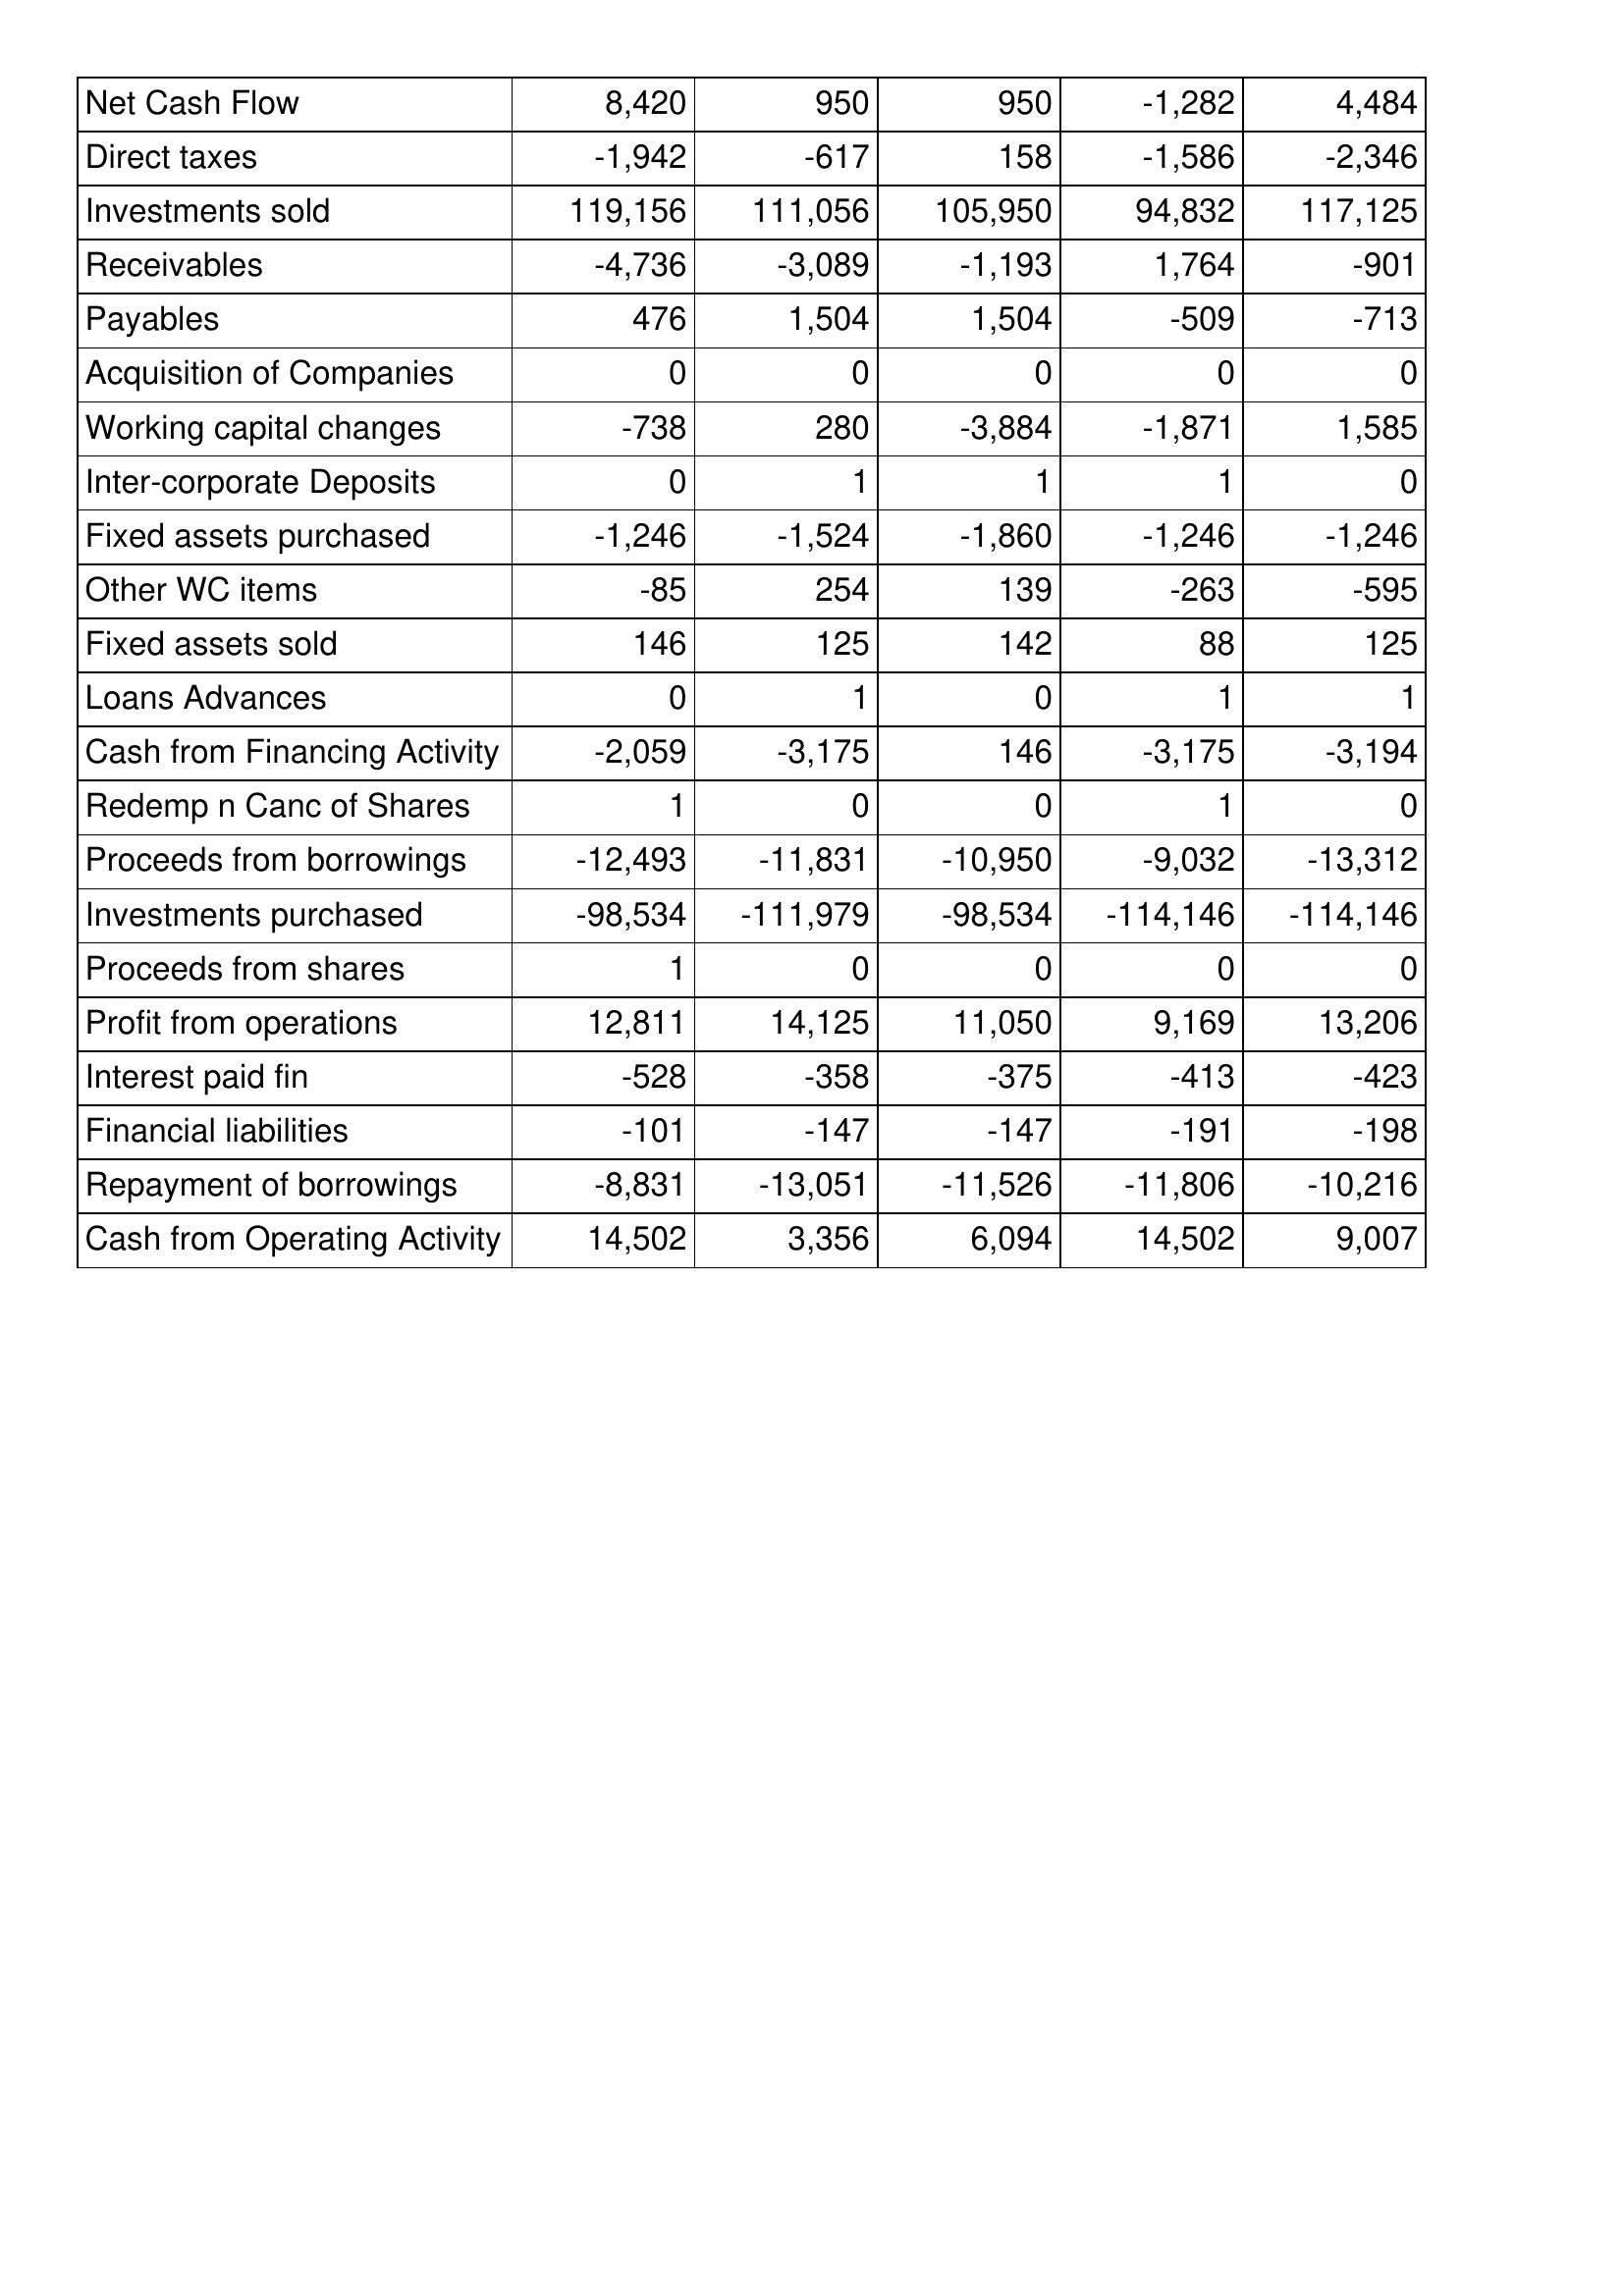
Jan-11: Cash Flows: Net Cash Flow: 8,420
Direct taxes: -1,942
Investments sold: 119,156
Receivables: -4,736
Payables: 476
Acquisition of Companies: 0
Working capital changes: -738
Inter-corporate Deposits: 0
Fixed assets purchased: -1,246
Other WC items: -85
Fixed assets sold: 146
Loans Advances: 0
Cash from Financing Activity: -2,059
Redemp n Canc of Shares: 1
Proceeds from borrowings: -12,493
Investments purchased: -98,534
Proceeds from shares: 1
Profit from operations: 12,811
Interest paid fin: -528
Financial liabilities: -101
Repayment of borrowings: -8,831
Cash from Operating Activity: 14,502
Jan-10: Cash Flows: Net Cash Flow: 950
Direct taxes: -617
Investments sold: 111,056
Receivables: -3,089
Payables: 1,504
Acquisition of Companies: 0
Working capital changes: 280
Inter-corporate Deposits: 1
Fixed assets purchased: -1,524
Other WC items: 254
Fixed assets sold: 125
Loans Advances: 1
Cash from Financing Activity: -3,175
Redemp n Canc of Shares: 0
Proceeds from borrowings: -11,831
Investments purchased: -111,979
Proceeds from shares: 0
Profit from operations: 14,125
Interest paid fin: -358
Financial liabilities: -147
Repayment of borrowings: -13,051
Cash from Operating Activity: 3,356
Jan-09: Cash Flows: Net Cash Flow: 950
Direct taxes: 158
Investments sold: 105,950
Receivables: -1,193
Payables: 1,504
Acquisition of Companies: 0
Working capital changes: -3,884
Inter-corporate Deposits: 1
Fixed assets purchased: -1,860
Other WC items: 139
Fixed assets sold: 142
Loans Advances: 0
Cash from Financing Activity: 146
Redemp n Canc of Shares: 0
Proceeds from borrowings: -10,950
Investments purchased: -98,534
Proceeds from shares: 0
Profit from operations: 11,050
Interest paid fin: -375
Financial liabilities: -147
Repayment of borrowings: -11,526
Cash from Operating Activity: 6,094
Jan-08: Cash Flows: Net Cash Flow: -1,282
Direct taxes: -1,586
Investments sold: 94,832
Receivables: 1,764
Payables: -509
Acquisition of Companies: 0
Working capital changes: -1,871
Inter-corporate Deposits: 1
Fixed assets purchased: -1,246
Other WC items: -263
Fixed assets sold: 88
Loans Advances: 1
Cash from Financing Activity: -3,175
Redemp n Canc of Shares: 1
Proceeds from borrowings: -9,032
Investments purchased: -114,146
Proceeds from shares: 0
Profit from operations: 9,169
Interest paid fin: -413
Financial liabilities: -191
Repayment of borrowings: -11,806
Cash from Operating Activity: 14,502
Jan-07: Cash Flows: Net Cash Flow: 4,484
Direct taxes: -2,346
Investments sold: 117,125
Receivables: -901
Payables: -713
Acquisition of Companies: 0
Working capital changes: 1,585
Inter-corporate Deposits: 0
Fixed assets purchased: -1,246
Other WC items: -595
Fixed assets sold: 125
Loans Advances: 1
Cash from Financing Activity: -3,194
Redemp n Canc of Shares: 0
Proceeds from borrowings: -13,312
Investments purchased: -114,146
Proceeds from shares: 0
Profit from operations: 13,206
Interest paid fin: -423
Financial liabilities: -198
Repayment of borrowings: -10,216
Cash from Operating Activity: 9,007